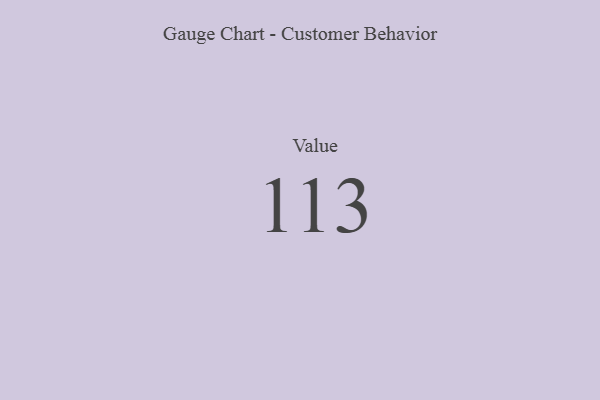
{"axis": {"x": "Metric", "y": "Value"}, "legend": [""], "data": [{"x": "Value", "y": 113, "type": ""}]}